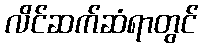
လိင်ဆက်ဆံရာတွင်